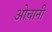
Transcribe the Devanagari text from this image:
ओचानी